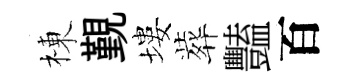
棟覲塿葬豔百